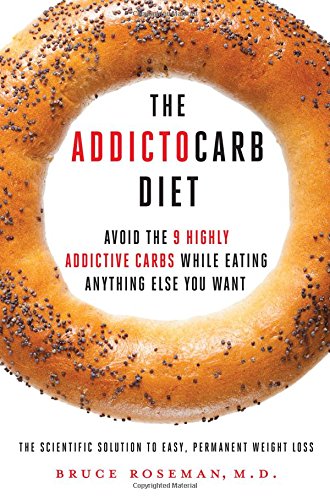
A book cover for The Addictocarb Diet: Avoid the 9 Highly Addictive Carbs While Eating Anything Else You Want; Bruce Roseman; Cookbooks, Food & Wine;